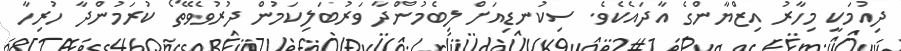
ދިއުމަކީ މިހާރު އިޒްޔާންގެ އާދައެކެވެ. ސިކުނޑިއަށް ލިބެމުންދާ ވަރުބަލިކަމުން ދުރުވެވޭތޯ ކުރަމުންދާ ހުރިހާ